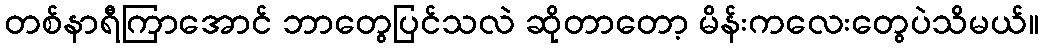
တစ်နာရီကြာအောင် ဘာတွေပြင်သလဲ ဆိုတာတော့ မိန်းကလေးတွေပဲသိမယ်။